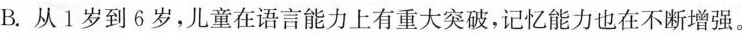
B.从1岁到6岁，儿童在语言能力上有重大突破，记忆能力也在不断增强。